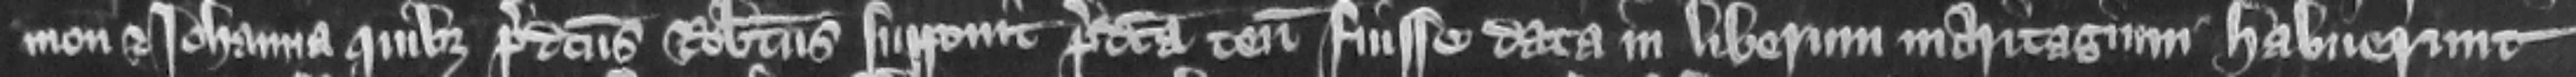
mon et Iohanna quibus predictus Robertus supponit predicta tenementa fuisse data in liberum maritagium habuerunt